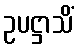
ဥပဋ္ဌာသိံ